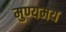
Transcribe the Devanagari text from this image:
मुण्यमय